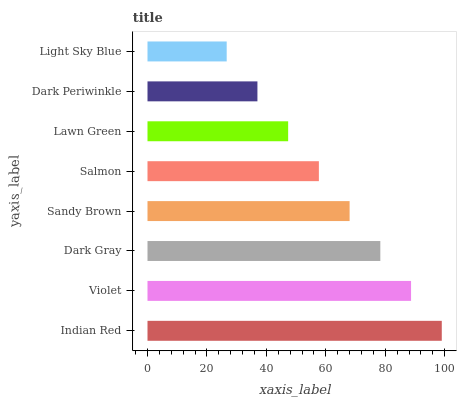
| yaxis_label | bars |
 | --- | --- |
 | Indian Red | 99 |
 | Violet | 88.7 |
 | Dark Gray | 78.3 |
 | Sandy Brown | 68 |
 | Salmon | 57.7 |
 | Lawn Green | 47.3 |
 | Dark Periwinkle | 37 |
 | Light Sky Blue | 26.6 |